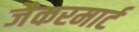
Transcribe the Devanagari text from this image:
जैकरमार्ट